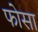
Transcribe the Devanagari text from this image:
फोसा